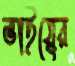
ভাইয়ের